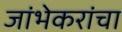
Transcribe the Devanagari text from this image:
जांभेकरांचा